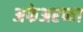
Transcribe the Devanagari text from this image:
अफेअरच्या